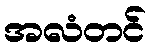
အလံတင်